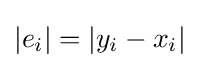
|e_{i}|=|y_{i}-x_{i}|